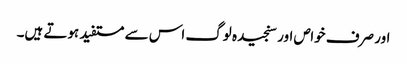
اور صرف خواص اور سنجیدہ لوگ اس سے مستفید ہوتے ہیں۔